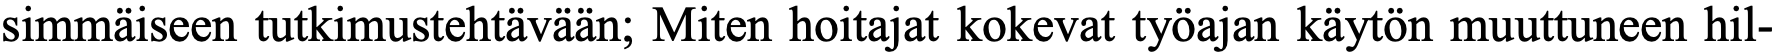
simmäiseen tutkimustehtävään; Miten hoitajat kokevat työajan käytön muuttuneen hil-